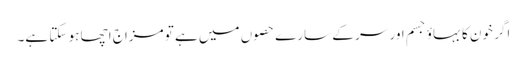
اگر خون کا بہاؤ جسم اور سر کے سارے حصوں میں ہے تو مزاج اچھا ہو سکتا ہے۔